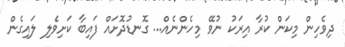
ދިވެހިން މިކަން ކުރާ އިރަކު ނުވޭ މިހެންނެއް... ގޮނޑުދޮށައް ފައިބާ ކަށިވެލި ލައިގެން